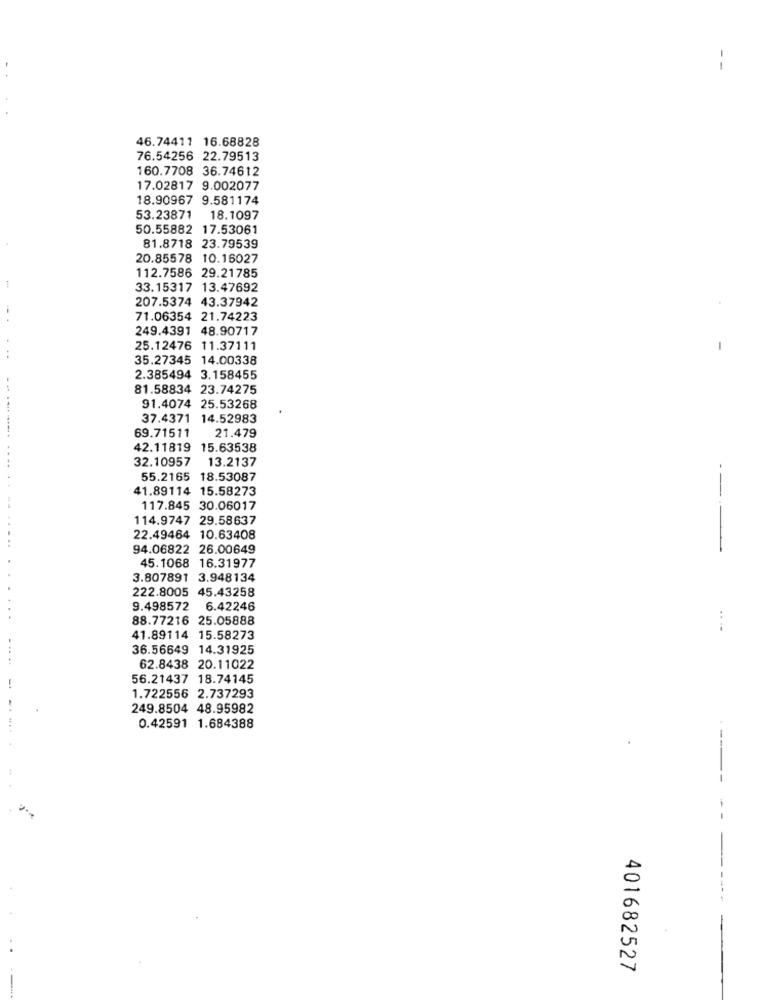
--
46.74411 16.68828
76.54256 22.79513
160.7708 36.74612
17.02817 9.002077
18.90967 9.581174
53.23871 18.1097
50.55882 17.53061
81.8718 23.79539
20.85578 10.16027
1
112.7586 29.21785
33.15317 13.47692
207.5374 43.37942
71.06354 21.74223
249.4391 48.90717
25.12476 11.37111
..
35.27345 14.00338
2.385494 3.158455
- -
81.58834 23.74275
91.4074 25.53268
37.4371 14.52983
69.71511
-----..
21.479
42.11819 15.63538
32.10957
13.2137
55.2165 18.53087
$1.89114 15.58273
117.845 30.06017
114.9747 29.58637
22.49464 10.63408
94.06822 26.00649
---
45.1068 16.31977
3.807891 3.948134
222.8005 45.43258
9.498572 6.42246
88.77216 25.05888
41.89114 15.58273
36.56649 14.31925
62.8438 20.11022
56.21437 18.74145
1.722556 2.737293
249.8504 48.95982
0.42591 1.684388
401682527